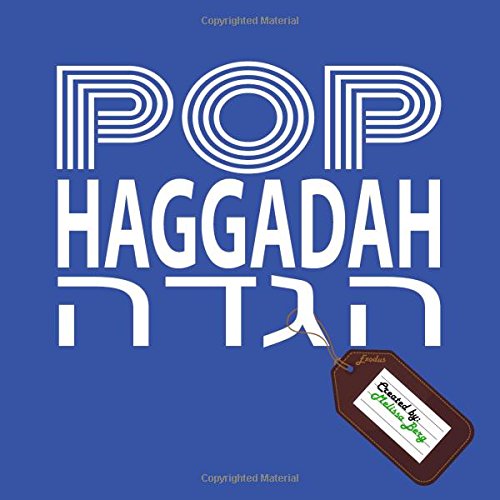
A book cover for Pop Haggadah; Melissa Berg; Religion & Spirituality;